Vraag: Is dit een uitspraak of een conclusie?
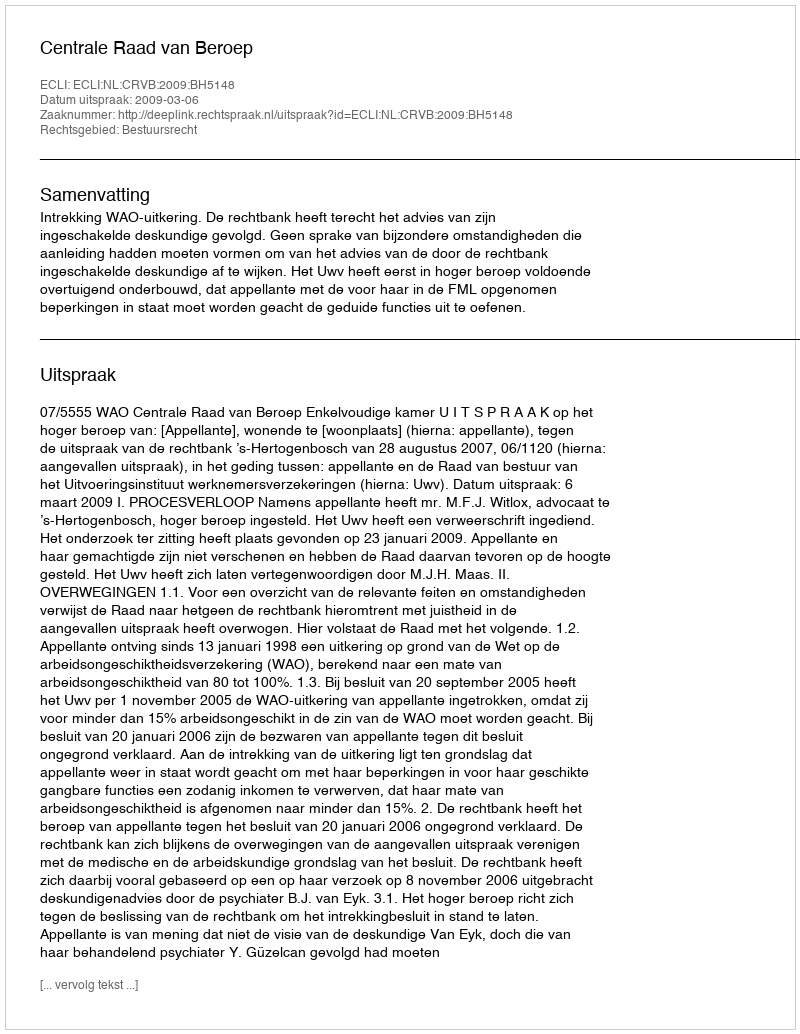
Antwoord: Uitspraak